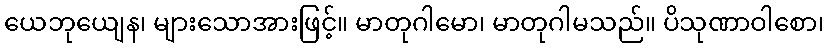
ယေဘုယျေန၊ များသောအားဖြင့်။ မာတုဂါမော၊ မာတုဂါမသည်။ ပိသုဏာဝါစော၊